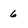
Character: 6